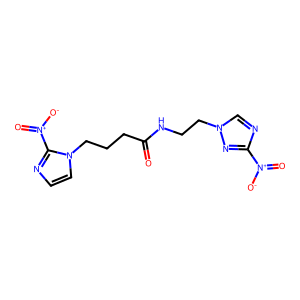
SMILES: O=C(CCCn1ccnc1[N+](=O)[O-])NCCn1cnc([N+](=O)[O-])n1
Inhibits HIV replication: No